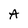
Character: A